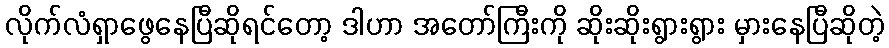
လိုက်လံရှာဖွေနေပြီဆိုရင်တော့ ဒါဟာ အတော်ကြီးကို ဆိုးဆိုးရွားရွား မှားနေပြီဆိုတဲ့